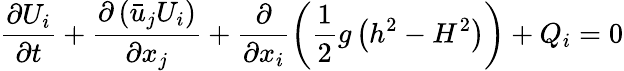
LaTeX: \frac{\partial{{U}_{i}}}{\partial t}+\frac{\partial\left({{{\bar{u}}}_{j}}{{U}_{i}}\right)}{\partial{{x}_{j}}}+\frac{\partial}{\partial{{x}_{i}}}\left(\frac{1}{2}g\left({{h}^{2}}-{{H}^{2}}\right)\right)+{{Q}_{i}}=0